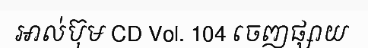
អាល់ប៊ុម CD Vol. 104 ចេញផ្សាយ